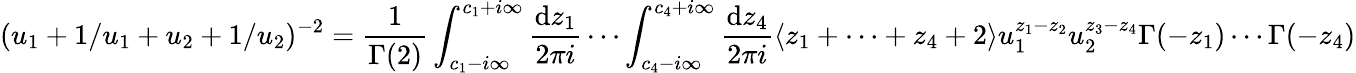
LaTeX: (u_{1}+1/u_{1}+u_{2}+1/u_{2})^{-2}=\frac{1}{\Gamma(2)}\int_{c_{1}-i\infty}^{c_{1}+i\infty}\frac{\mathrm{d}z_{1}}{2\pi i}\cdots\int_{c_{4}-i\infty}^{c_{4}+i\infty}\frac{\mathrm{d}z_{4}}{2\pi i}\langle z_{1}+\cdots+z_{4}+2\rangle u_{1}^{z_{1}-z_{2}}u_{2}^{z_{3}-z_{4}}\Gamma(-z_{1})\cdots\Gamma(-z_{4})